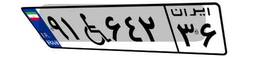
۹۱W۶۴۲۳۶